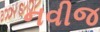
નવીજ